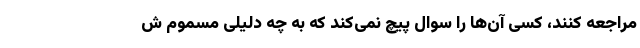
مراجعه کنند، کسی آن‌ها را سوال پیچ نمی‌کند که به چه دلیلی مسموم ش